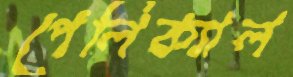
পেলিক্যাল